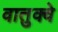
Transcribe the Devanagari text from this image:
वातुक्वे